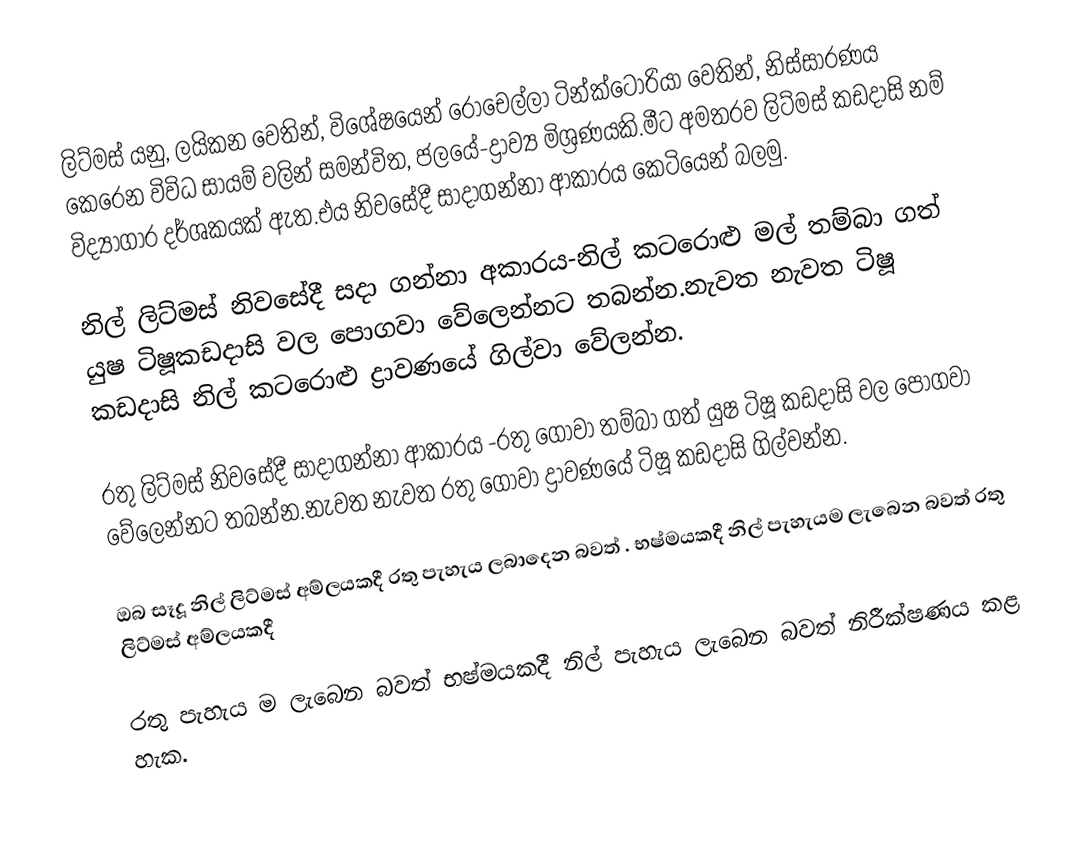
ලිට්මස් යනු,  ලයිකන වෙතින්, විශේෂයෙන් රොචෙල්ලා ටින්ක්ටෝරියා වෙතින්, නිස්සාරණය කෙරෙන විවිධ සායම් වලින් සමන්විත, ජලයේ-ද්‍රාව්‍ය මිශ්‍රණයකි.මීට අමතරව ලිට්මස් කඩදාසි නම් විද්‍යාගාර දර්ශකයක් ඇත.එය නිවසේදී සාදාගන්නා ආකාරය කෙටියෙන් බලමු.

නිල් ලිට්මස්  නිවසේදී සදා ගන්නා අකාරය-නිල් කටරොළු මල් තම්බා ගත් යුෂ ටිෂූකඩදාසි වල පොගවා වේලෙන්නට තබන්න.නැවත නැවත ටිෂූ කඩදාසි නිල් කටරොළු ද්‍රාවණයේ ගිල්වා වේලන්න.

රතු ලිට්මස් නිවසේදී සාදාගන්නා ආකාරය -රතු ගෝවා තම්බා ගත් යුෂ ටිෂූ කඩදාසි වල පොගවා වේලෙන්නට තබන්න.නැවත නැවත රතු ගෝවා ද්‍රාවණයේ ටිෂූ කඩදාසි ගිල්වන්න.

ඔබ සෑදූ නිල් ලිට්මස් අම්ලයකදී  රතු පැහැය ලබාදෙන බවත් . භෂ්මයකදී නිල් පැහැයම ලැබෙන බවත් රතු ලිට්මස් අම්ලයකදී

රතු පැහැය ම ලැබෙන බවත් භෂ්මයකදී නිල් පැහැය ලැබෙන බවත් නිරීක්ෂණය කළ හැක.